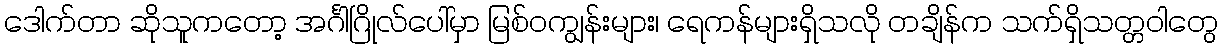
ဒေါက်တာ ဆိုသူကတော့ အင်္ဂါဂြိုလ်ပေါ်မှာ မြစ်ဝကျွန်းများ၊ ရေကန်များရှိသလို တချိန်က သက်ရှိသတ္တဝါတွေ